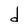
Character: d